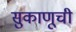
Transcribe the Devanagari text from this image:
सुकाणूची